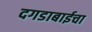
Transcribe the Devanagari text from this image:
दगडाबाईचा